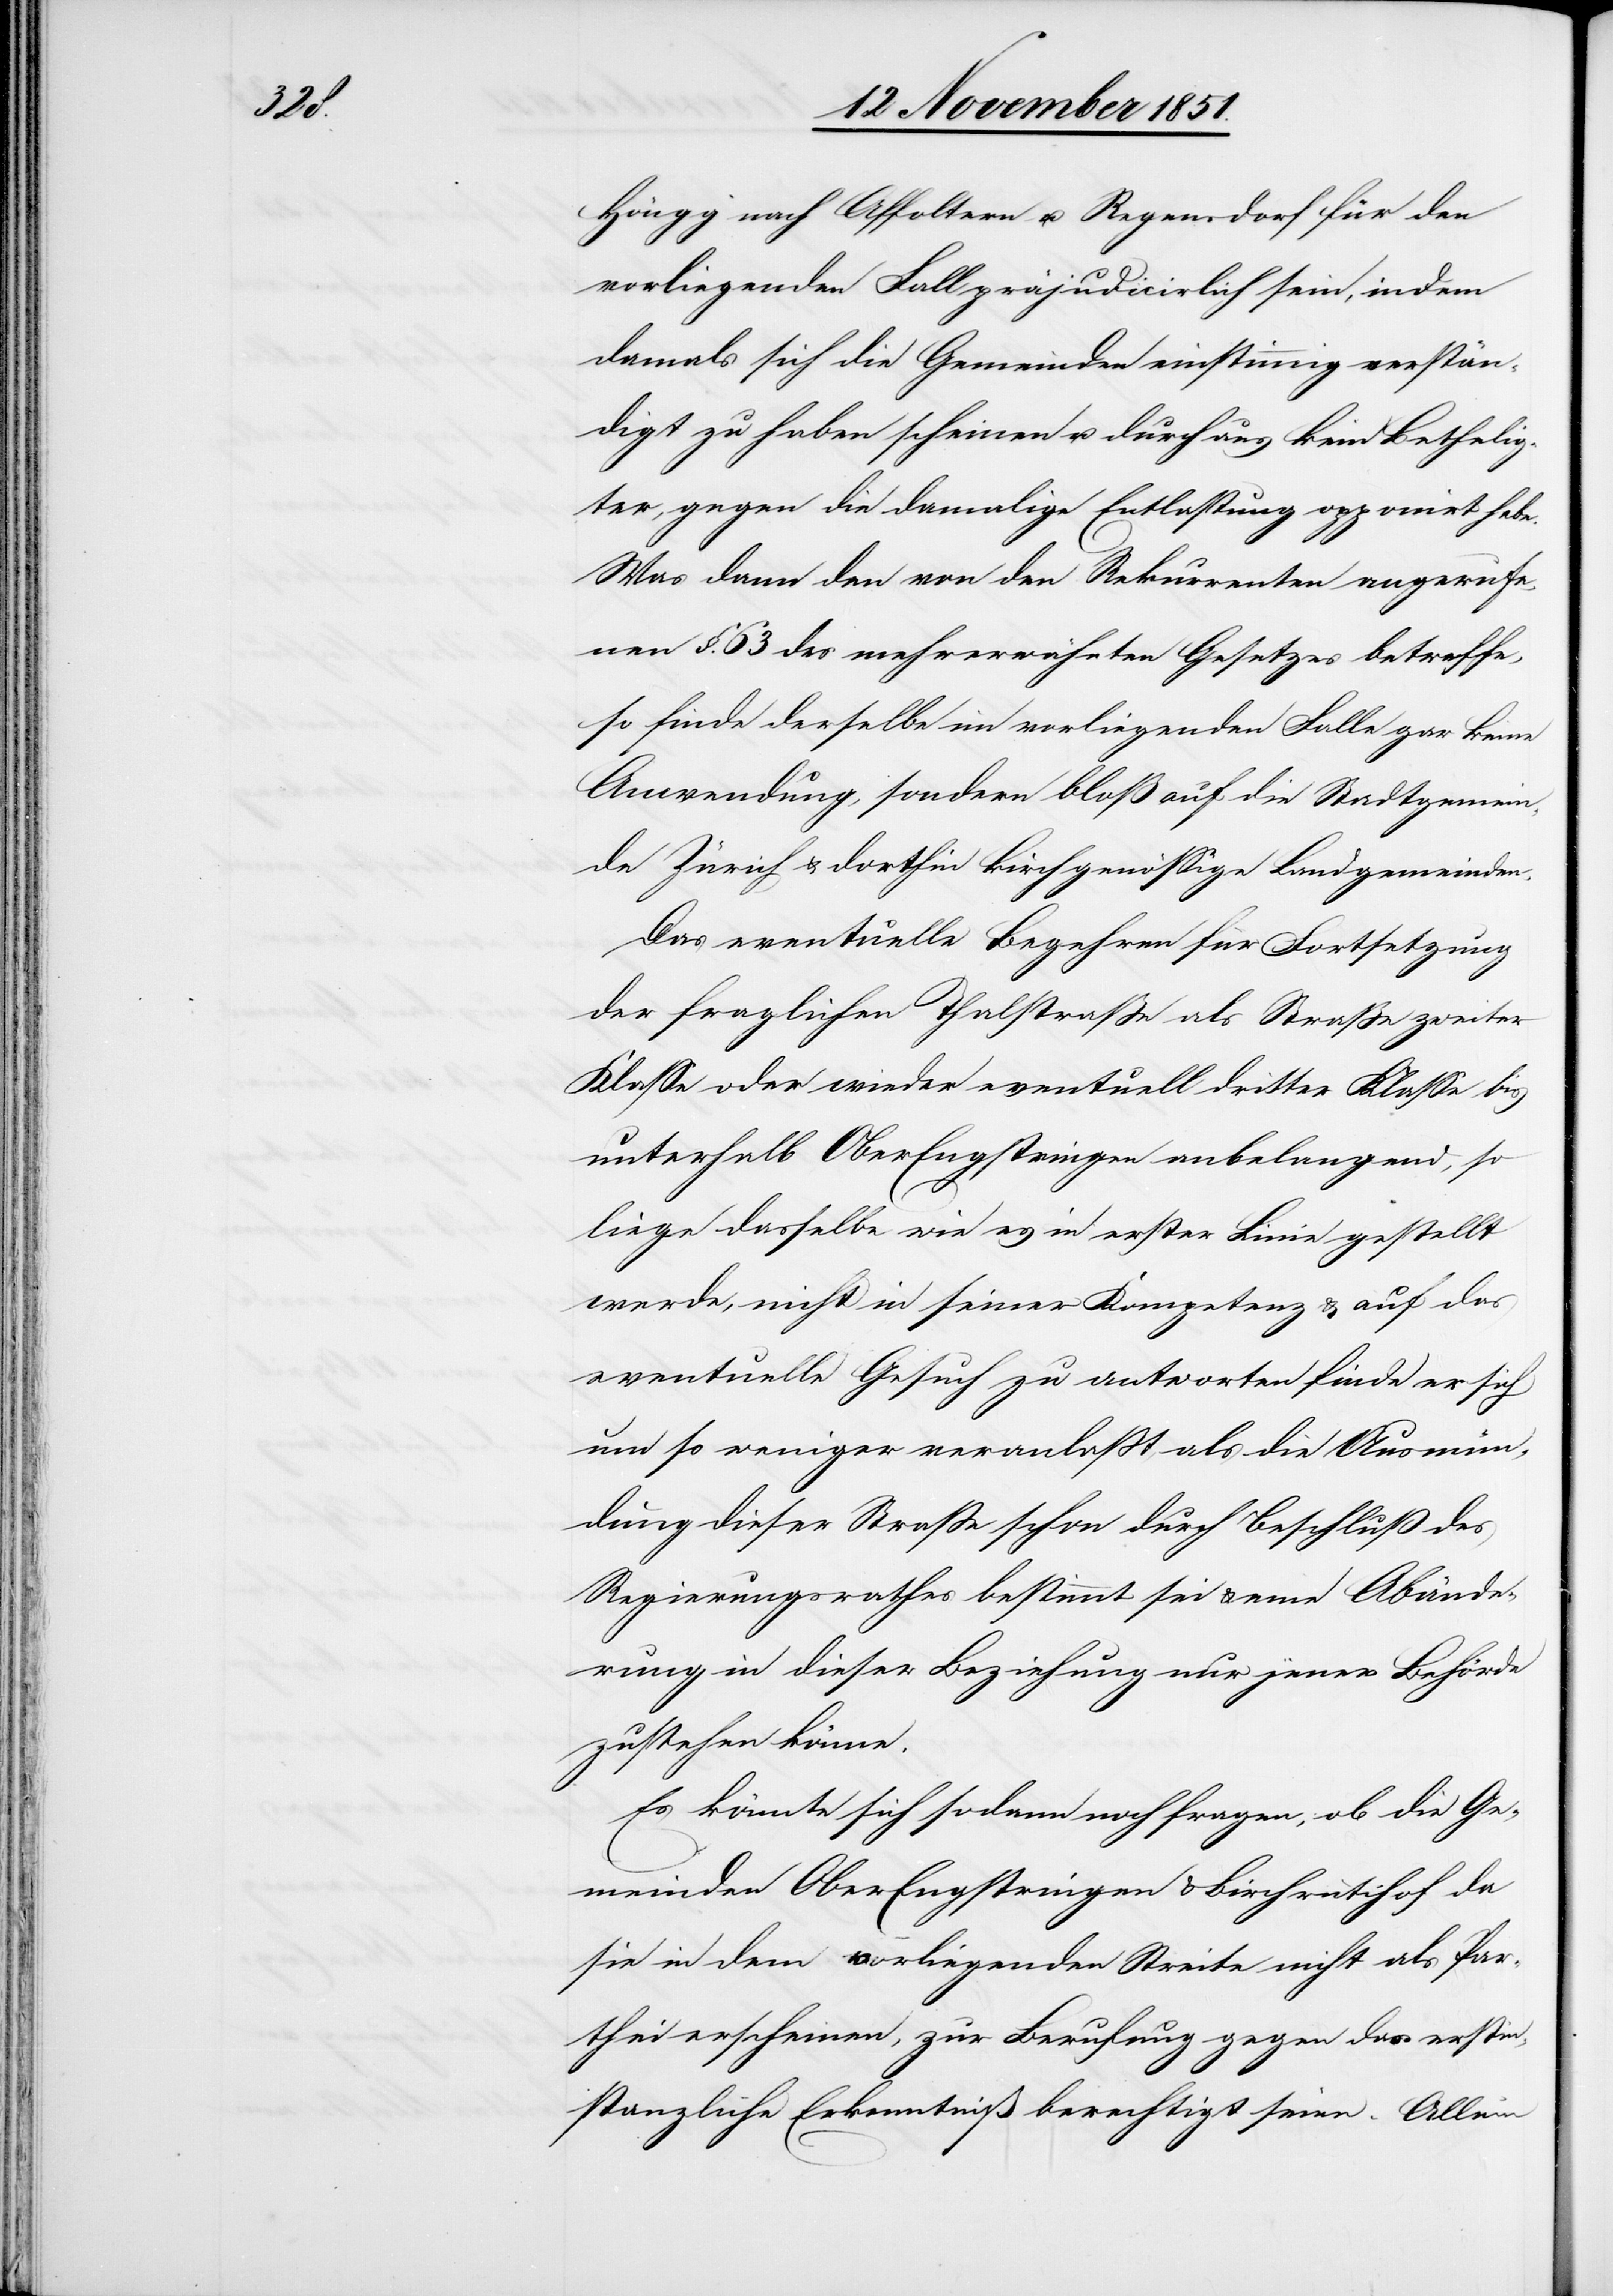
Höngg nach Affoltern u. Regensdorf für den
vorliegenden Fall präjudicirlich sein, indem
damals sich die Gemeinden einstimmig verstän¬
digt zu haben scheinen u. durchaus kein Betheilig¬
ter, gegen die damalige Entlastung opponirt habe.
Was dann den von den Rekurrenten angerufe¬
nen §. 63 des mehrerwähnten Gesetzes betreffe,
so finde derselbe im vorliegenden Falle gar keine
Anwendung, sondern bloß auf die Stadtgemein¬
de Zürich & dorthin kirchgenössige Landgemeinden.
Das eventuelle Begehren für Fortsetzung
der fraglichen Thalstraße als Straße zweiter
Klasse oder wieder eventuell dritter Klasse bis
unterhalb OberEngstringen anbelangend, so
liege dasselbe wie es in erster Linie gestellt
werde, nicht in seiner Kompetenz & auf das
eventuelle Gesuch zu antworten finde er sich
um so weniger veranlaßt, als die Ausmün¬
dung dieser Straße schon durch Beschluß des
Regierungsrathes bestimmt sei & eine Abände¬
rung in dieser Beziehung nur jener Behörde
zustehen könne.
Es könnte sich sodann noch fragen, ob die Ge¬
meinden OberEngstringen & Birchrütihof da
sie in dem vorliegenden Streite nicht als Par¬
thei erscheinen, zur Berufung gegen das erstin¬
stanzliche Erkenntniß berechtigt seien. Allein